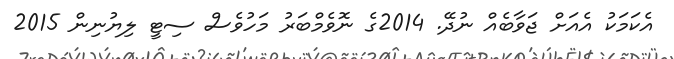
އެކަމަކު އެއަށް ޖަވާބެއް ނުދޭ. 2014ގެ ނޮވެމްބަރު މަހުވެސް ސިޓީ ލިޔުނިން 2015